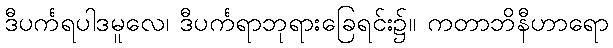
ဒီပင်္ကရပါဒမူလေ၊ ဒီပင်္ကရာဘုရားခြေရင်း၌။ ကတာဘိနီဟာရော